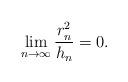
LaTeX: \begin{align*}\lim_{n\to \infty} \frac{r_n^2}{h_n} = 0 . \end{align*}